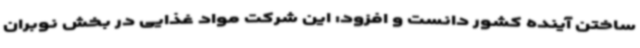
ساختن آینده کشور دانست و افزود: این شرکت مواد غذایی در بخش نوبران